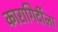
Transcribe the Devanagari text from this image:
कारागिर्दीला